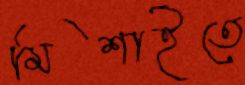
মিশাইতে